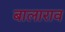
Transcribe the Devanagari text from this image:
बालाराव